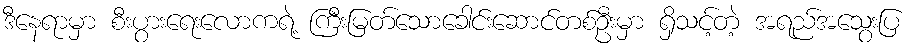
ဒီနေရာမှာ စီးပွားရေးလောကရဲ့ ကြီးမြတ်သောခေါင်းဆောင်တစ်ဦးမှာ ရှိသင့်တဲ့ အရည်အသွေးပြ